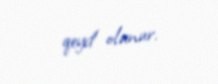
qeyd olunur.